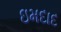
ઇમદાદ